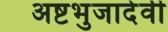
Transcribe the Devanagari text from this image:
अष्टभुजादेवी